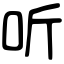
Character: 听